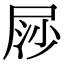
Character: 𡱳